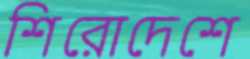
শিরোদেশে